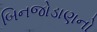
બિનજોડાણનો